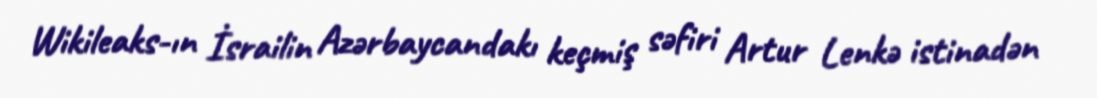
Wikileaks-ın İsrailin Azərbaycandakı keçmiş səfiri Artur Lenkə istinadən